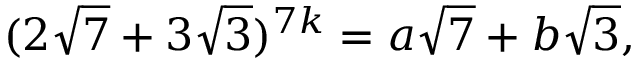
( 2 { \sqrt { 7 } } + 3 { \sqrt { 3 } } ) ^ { 7 k } = a { \sqrt { 7 } } + b { \sqrt { 3 } } ,